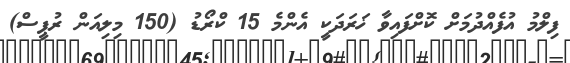
ފިލްމު އުފެއްދުމަށް ކޮށްފައިވާ ޚަރަދަކީ އެންމެ 15 ކްރޯޑު (150 މިލިއަން ރުޕީސް)